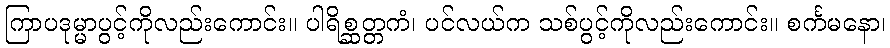
ကြာပဒုမ္မာပွင့်ကိုလည်းကောင်း။ ပါရိစ္ဆတ္တကံ၊ ပင်လယ်က သစ်ပွင့်ကိုလည်းကောင်း။ စင်္ကမနော၊